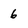
Character: 6